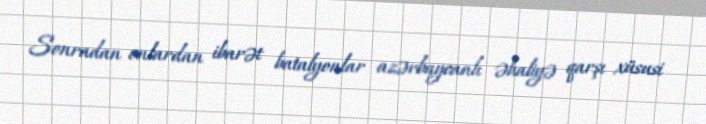
Sonradan onlardan ibarət batalyonlar azərbaycanlı əhaliyə qarşı xüsusi